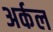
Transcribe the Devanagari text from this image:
अर्कल